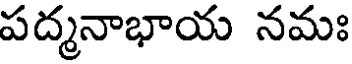
పద్మనాభాయ నమః